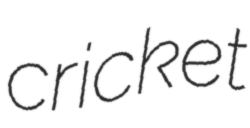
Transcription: cricket